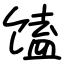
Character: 馌